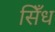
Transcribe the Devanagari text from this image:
सिँध